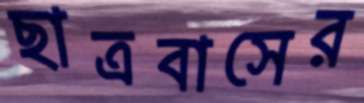
ছাত্রবাসের